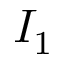
I _ { 1 }